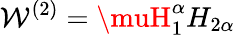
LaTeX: \mathcal{W}^{(2)}=\muH_{1}^{\alpha}H_{2\alpha}